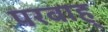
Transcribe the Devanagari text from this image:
परवाह्